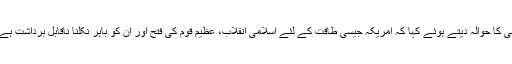
انہوں نے گزشتہ چار دہائیوں کے دوران وائٹ ہاؤس کے حکام کی دشمنی کا حوالہ دیتے ہوئے کہا کہ امریکہ جیسی طاقت کے لئے اسلامی انقلاب، عظیم قوم کی فتح اور ان کو باہر نکلنا ناقابل برداشت ہے اسی لئے وہ 41 سالوں سے ایران پر دوبارہ تسلط کا خواب دیکھتے ہیں۔